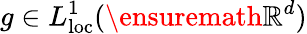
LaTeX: g\in L_{\mathrm{loc}}^{1}(\ensuremath{\mathbb{R}^{d}})